Document type: Dowry acquittance
Year: 1427
Scribe: Pere Tarafa
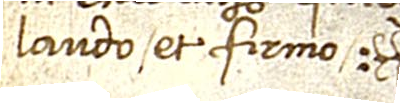
laudo et firmo.